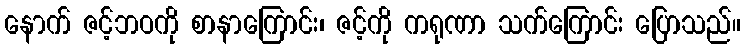
နောက် ဇင့်ဘဝကို စာနာကြောင်း၊ ဇင့်ကို ကရုဏာ သက်ကြောင်း ပြောသည်။